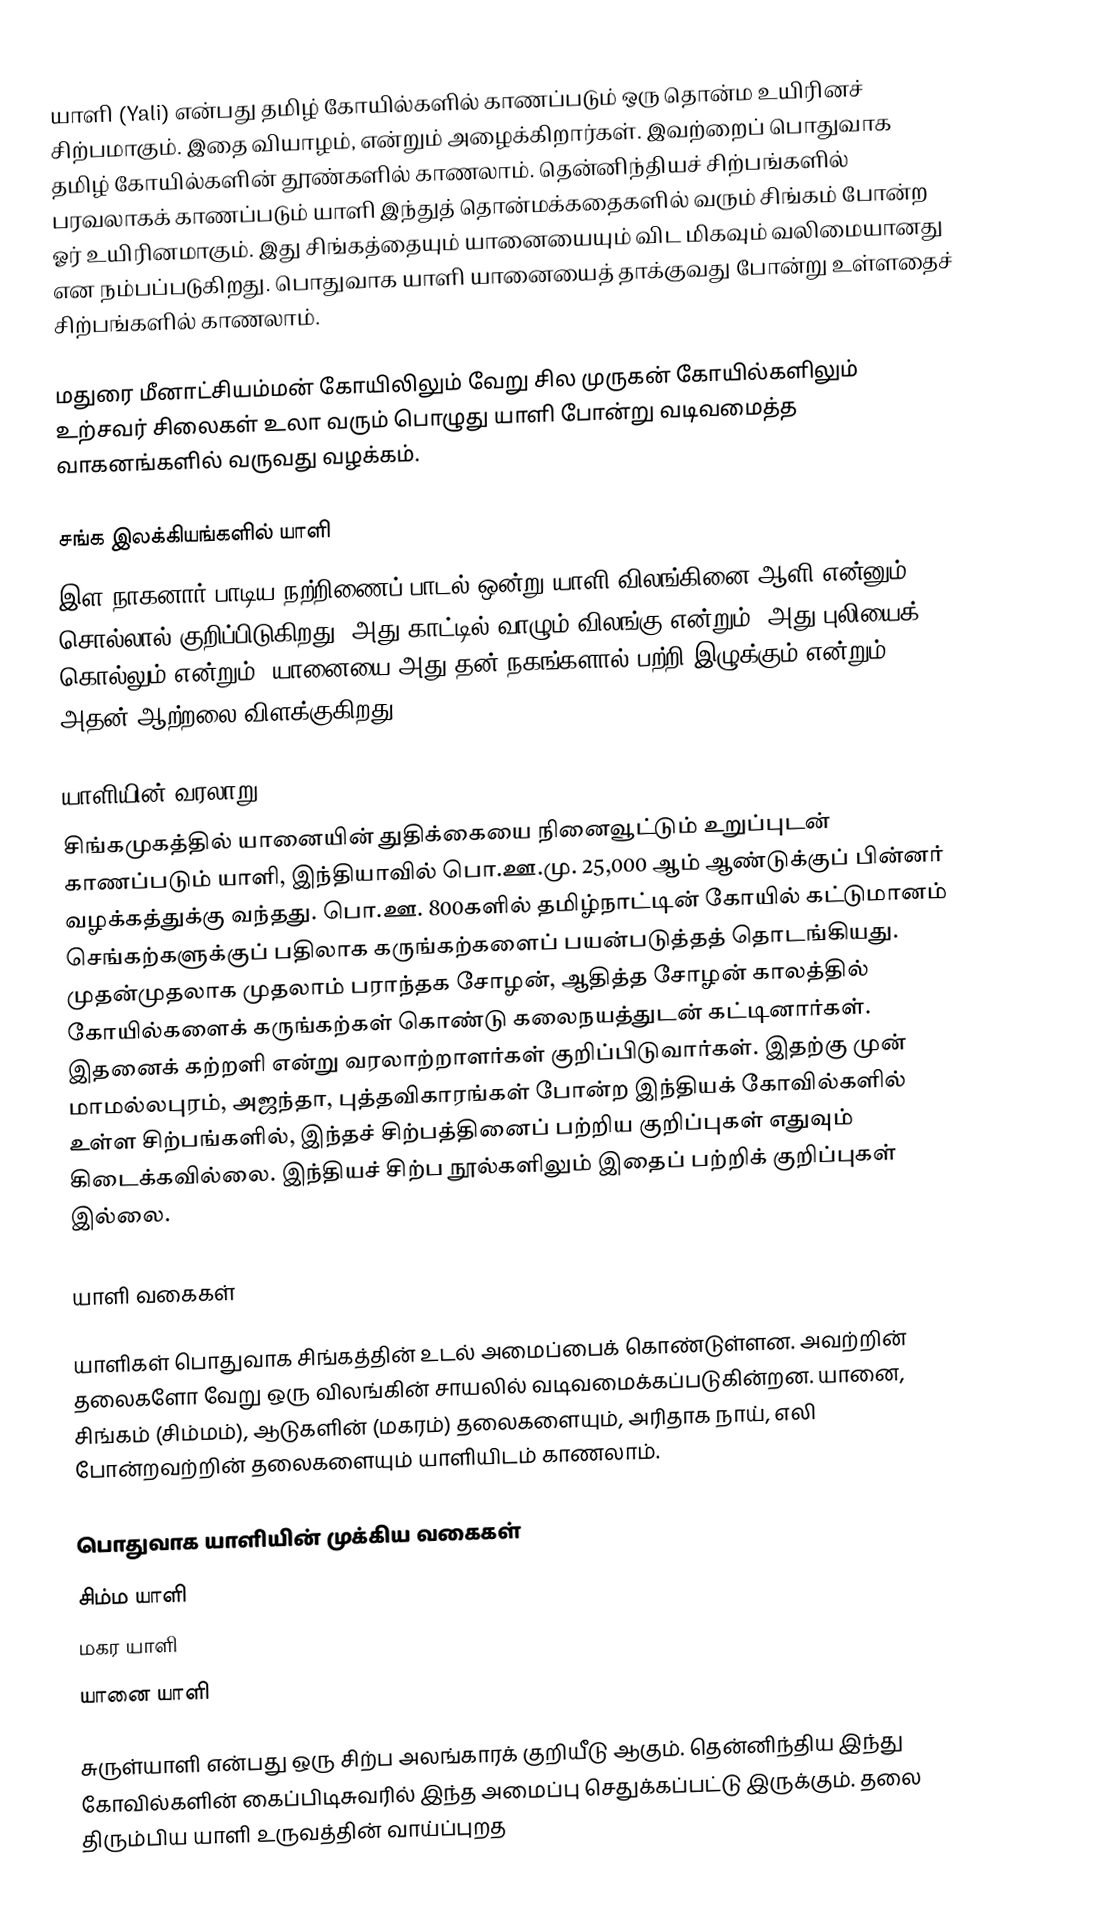
யாளி (Yali) என்பது தமிழ் கோயில்களில் காணப்படும் ஒரு தொன்ம உயிரினச் சிற்பமாகும். இதை வியாழம், என்றும் அழைக்கிறார்கள். இவற்றைப் பொதுவாக தமிழ் கோயில்களின் தூண்களில் காணலாம். தென்னிந்தியச் சிற்பங்களில் பரவலாகக் காணப்படும் யாளி இந்துத் தொன்மக்கதைகளில் வரும் சிங்கம் போன்ற ஓர் உயிரினமாகும். இது சிங்கத்தையும் யானையையும் விட மிகவும் வலிமையானது என நம்பப்படுகிறது. பொதுவாக யாளி யானையைத் தாக்குவது போன்று உள்ளதைச் சிற்பங்களில் காணலாம்.

மதுரை மீனாட்சியம்மன் கோயிலிலும் வேறு சில முருகன் கோயில்களிலும் உற்சவர் சிலைகள் உலா வரும் பொழுது யாளி போன்று வடிவமைத்த வாகனங்களில் வருவது வழக்கம்.

சங்க இலக்கியங்களில் யாளி
இள நாகனார் பாடிய நற்றிணைப் பாடல் ஒன்று யாளி  விலங்கினை  ஆளி என்னும் சொல்லால் குறிப்பிடுகிறது. அது காட்டில் வாழும் விலங்கு என்றும், அது புலியைக் கொல்லும் என்றும், யானையை அது தன் நகங்களால் பற்றி இழுக்கும் என்றும் அதன் ஆற்றலை விளக்குகிறது.

யாளியின்  வரலாறு
சிங்கமுகத்தில் யானையின் துதிக்கையை நினைவூட்டும் உறுப்புடன் காணப்படும் யாளி, இந்தியாவில் பொ.ஊ.மு. 25,000 ஆம் ஆண்டுக்குப் பின்னர் வழக்கத்துக்கு வந்தது. பொ.ஊ. 800களில் தமிழ்நாட்டின் கோயில் கட்டுமானம் செங்கற்களுக்குப் பதிலாக கருங்கற்களைப் பயன்படுத்தத் தொடங்கியது. முதன்முதலாக முதலாம் பராந்தக சோழன், ஆதித்த சோழன் காலத்தில் கோயில்களைக் கருங்கற்கள் கொண்டு கலைநயத்துடன் கட்டினார்கள். இதனைக் கற்றளி என்று வரலாற்றாளர்கள் குறிப்பிடுவார்கள். இதற்கு முன் மாமல்லபுரம், அஜந்தா, புத்தவிகாரங்கள் போன்ற இந்தியக் கோவில்களில் உள்ள சிற்பங்களில்,  இந்தச் சிற்பத்தினைப் பற்றிய குறிப்புகள் எதுவும் கிடைக்கவில்லை. இந்தியச் சிற்ப நூல்களிலும் இதைப் பற்றிக் குறிப்புகள் இல்லை.

யாளி வகைகள்

யாளிகள் பொதுவாக சிங்கத்தின் உடல் அமைப்பைக் கொண்டுள்ளன. அவற்றின் தலைகளோ வேறு ஒரு விலங்கின் சாயலில் வடிவமைக்கப்படுகின்றன. யானை, சிங்கம் (சிம்மம்), ஆடுகளின் (மகரம்) தலைகளையும், அரிதாக நாய், எலி போன்றவற்றின் தலைகளையும் யாளியிடம் காணலாம்.

பொதுவாக யாளியின் முக்கிய வகைகள்
 சிம்ம யாளி
 மகர யாளி
 யானை யாளி

சுருள்யாளி என்பது ஒரு சிற்ப அலங்காரக் குறியீடு ஆகும். தென்னிந்திய இந்து கோவில்களின் கைப்பிடிசுவரில் இந்த அமைப்பு செதுக்கப்பட்டு இருக்கும். தலை திரும்பிய யாளி உருவத்தின் வாய்ப்புறத